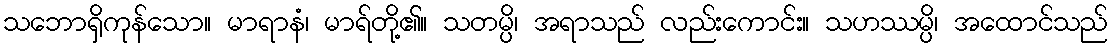
သဘောရှိကုန်သော။ မာရာနံ၊ မာရ်တို့၏။ သတမ္ပိ၊ အရာသည် လည်းကောင်း။ သဟဿမ္ပိ၊ အထောင်သည်